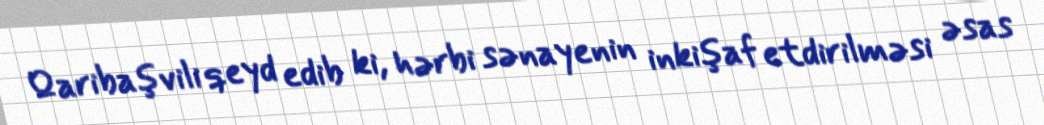
Qaribaşvili qeyd edib ki, hərbi sənayenin inkişaf etdirilməsi əsas